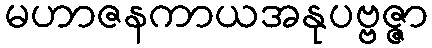
မဟာဇနကာယအနုပဗ္ဗဇ္ဇာ